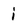
Character: i